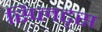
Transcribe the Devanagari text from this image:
स्प्लिट्स